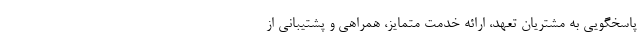
پاسخگویی به مشتریان تعهد، ارائه خدمت متمایز، همراهی و پشتیبانی از